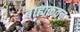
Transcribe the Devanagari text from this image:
बाह्यकवच